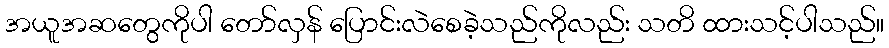
အယူအဆတွေကိုပါ တော်လှန် ပြောင်းလဲစေခဲ့သည်ကိုလည်း သတိ ထားသင့်ပါသည်။